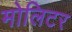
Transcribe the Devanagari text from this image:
मोलिटर